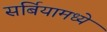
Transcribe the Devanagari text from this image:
सर्बियामध्ये